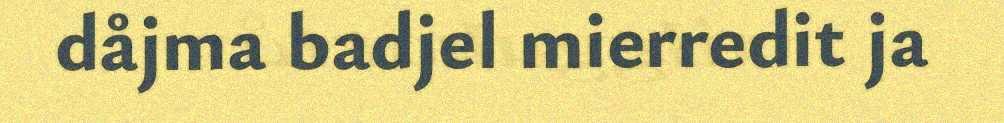
dåjma badjel mierredit ja